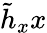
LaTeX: \tilde{h}_{x}x